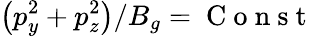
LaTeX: \left(p_{y}^{2}+p_{z}^{2}\right)/B_{g}=\mathrm{~C~o~n~s~t~}